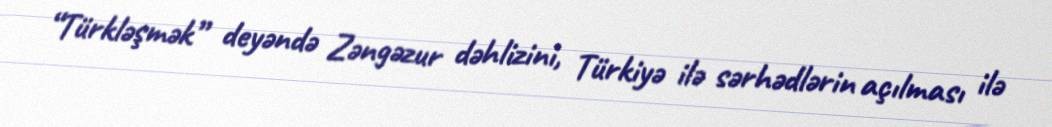
“Türkləşmək” deyəndə Zəngəzur dəhlizini, Türkiyə ilə sərhədlərin açılması ilə